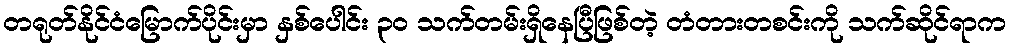
တရုတ်နိုင်ငံမြောက်ပိုင်းမှာ နှစ်ပေါင်း ၃၀ သက်တမ်းရှိနေပြီဖြစ်တဲ့ တံတားတစင်းကို သက်ဆိုင်ရာက